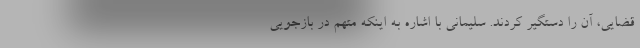
قضایی، آن را دستگیر کردند. سلیمانی با اشاره به اینکه متهم در بازجویی